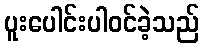
ပူးပေါင်းပါဝင်ခဲ့သည်